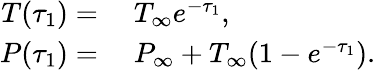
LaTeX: \begin{array}{rl}{T(\tau_{1})=}&{{}\; T_{\infty}e^{-\tau_{1}},}\\ {P(\tau_{1})=}&{{}\; P_{\infty}+T_{\infty}(1-e^{-\tau_{1}}).}\end{array}